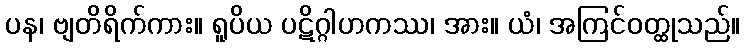
ပန၊ ဗျတိရိက်ကား။ ရူပိယ ပဋိဂ္ဂါဟကဿ၊ အား။ ယံ၊ အကြင်ဝတ္ထုသည်။